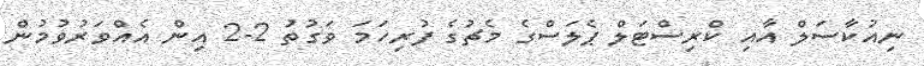
ނިއުކާސަލް އާއި ކްރިސްޓަލް ޕެލަސްގެ މެޗުގެ ފުރިހަމަ ވަގުތު 2-2 އިން އެއްވަރުވުމުން